Report of the Indian Hemp Drugs Commission, 1894-1895 - Volume II
Year: 1894
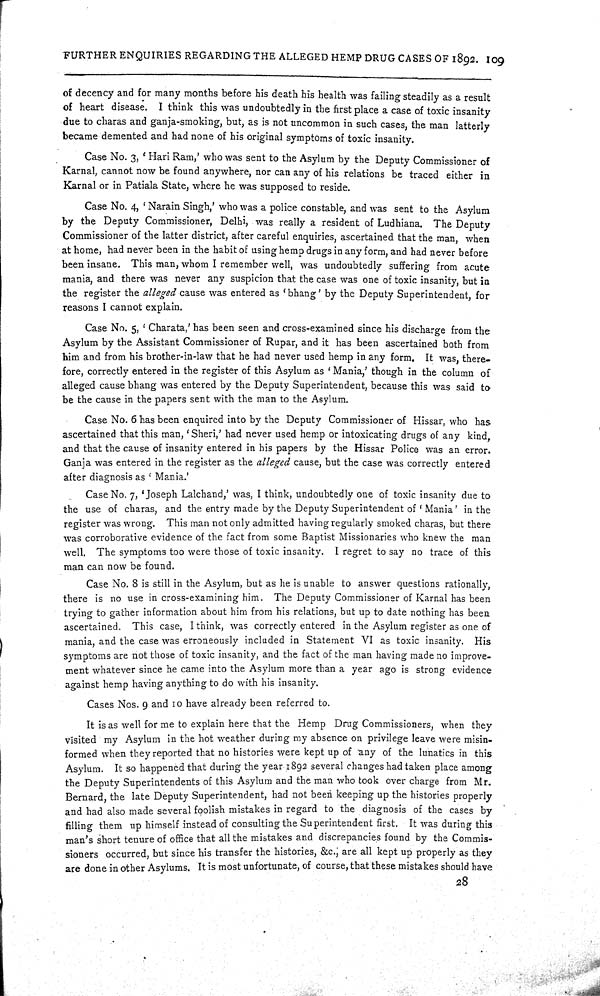
FURTHER ENQUIRIES REGARDING THE ALLEGED HEMP DRUG CASES OF 1892. 109
of decency and for many months before his death his health was failing steadily as a result
of heart disease. I think this was undoubtedly in the first place a case of toxic insanity
due to charas and ganja-smoking, but, as is not uncommon in such cases, the man latterly
became demented and had none of his original symptoms of toxic insanity.
Case No. 3, 'Hari Ram,' who was sent to the Asylum by the Deputy Commissioner of
Karnal, cannot now be found anywhere, nor can any of his relations be traced either in
Karnal or in Patiala State, where he was supposed to reside.
Case No. 4, 'Narain Singh,' who was a police constable, and was sent to the Asylum
by the Deputy Commissioner, Delhi, was really a resident of Ludhiana. The Deputy
Commissioner of the latter district, after careful enquiries, ascertained that the man, when
at home, had never been in the habit of using hemp drugs in any form, and had never before
been insane. This man, whom I remember well, was undoubtedly suffering from acute
mania, and there was never any suspicion that the case was one of toxic insanity, but in
the register the alleged cause was entered as 'bhang' by the Deputy Superintendent, for
reasons I cannot explain.
Case No. 5, 'Charata,' has been seen and cross-examined since his discharge from the
Asylum by the Assistant Commissioner of Rupar, and it has been ascertained both from
him and from his brother-in-law that he had never used hemp in any form. It was, there-
fore, correctly entered in the register of this Asylum as 'Mania,' though in the column of
alleged cause bhang was entered by the Deputy Superintendent, because this was said to
be the cause in the papers sent with the man to the Asylum.
Case No. 6 has been enquired into by the Deputy Commissioner of Hissar, who has
ascertained that this man, 'Sheri,' had never used hemp or intoxicating drugs of any kind,
and that the cause of insanity entered in his papers by the Hissar Police was an error.
Ganja was entered in the register as the alleged cause, but the case was correctly entered
after diagnosis as 'Mania.'
Case No. 7, 'Joseph Lalchand,' was, I think, undoubtedly one of toxic insanity due to
the use of charas, and the entry made by the Deputy Superintendent of 'Mania' in the
register was wrong. This man not only admitted having regularly smoked charas, but there
was corroborative evidence of the fact from some Baptist Missionaries who knew the man
well. The symptoms too were those of toxic insanity. I regret to say no trace of this
man can now be found.
Case No. 8 is still in the Asylum, but as he is unable to answer questions rationally,
there is no use in cross-examining him. The Deputy Commissioner of Karnal has been
trying to gather information about him from his relations, but up to date nothing has been
ascertained. This case, I think, was correctly entered in the Asylum register as one of
mania, and the case was erroneously included in Statement VI as toxic insanity. His
symptoms are not those of toxic insanity, and the fact of the man having made no improve-
ment whatever since he came into the Asylum more than a year ago is strong evidence
against hemp having anything to do with his insanity.
Cases Nos. 9 and 10 have already been referred to.
It is as well for me to explain here that the Hemp Drug Commissioners, when they
visited my Asylum in the hot weather during my absence on privilege leave were misin-
formed when they reported that no histories were kept up of any of the lunatics in this
Asylum. It so happened that during the year 1892 several changes had taken place among
the Deputy Superintendents of this Asylum and the man who took over charge from Mr.
Bernard, the late Deputy Superintendent, had not been keeping up the histories properly
and had also made several foolish mistakes in regard to the diagnosis of the cases by
filling them up himself instead of consulting the Superintendent first. It was during this
man's short tenure of office that all the mistakes and discrepancies found by the Commis-
sioners occurred, but since his transfer the histories, &c.; are all kept up properly as they
are done in other Asylums. It is most unfortunate, of course, that these mistakes should have
28